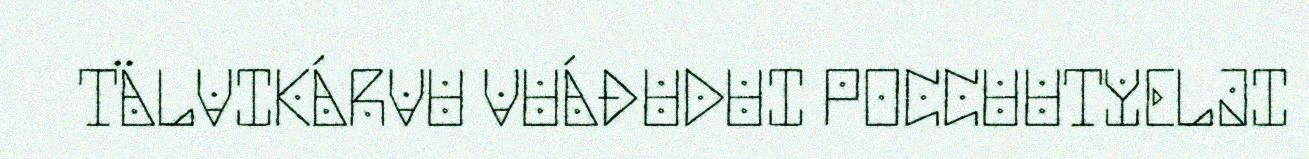
TÄLVIKÁRVU VUÁĐUDUI POCCUUTYELJI